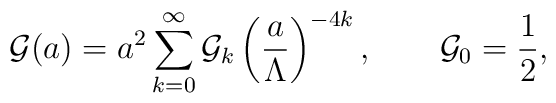
{\cal G}(a)=a^2\sum_{k=0}^\infty {\cal G}_k \left({a\over\Lambda}\right)^{-4k},\qquad {\cal G}_0={1\over 2},